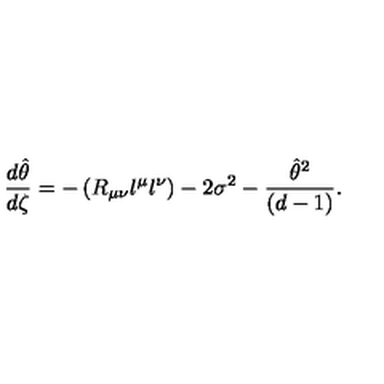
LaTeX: { \frac { d \hat { \theta } } { d \zeta } } = - \left( R _ { \mu \nu } l ^ { \mu } l ^ { \nu } \right) - 2 \sigma ^ { 2 } - { \frac { { \hat { \theta } } ^ { 2 } } { ( d - 1 ) } } .